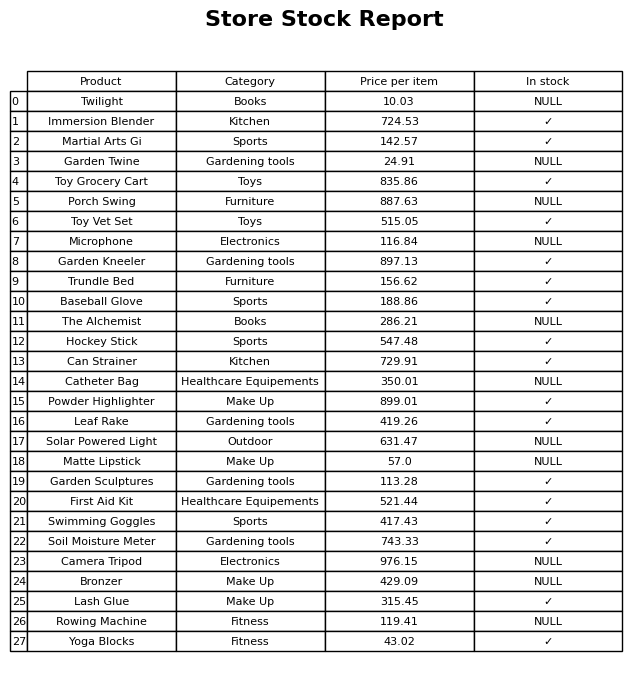
question: Which products are available in stock?
answer: Immersion Blender, Martial Arts Gi, Toy Grocery Cart, Toy Vet Set, Garden Kneeler, Trundle Bed, Baseball Glove, Hockey Stick, Can Strainer, Powder Highlighter, Leaf Rake, Garden Sculptures, First Aid Kit, Swimming Goggles, Soil Moisture Meter, Lash Glue, Yoga Blocks